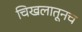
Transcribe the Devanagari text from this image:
चिखलातूनच